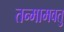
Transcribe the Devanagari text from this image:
तन्मामवतु